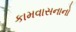
કામવાસનાનો